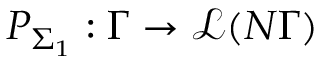
P _ { \Sigma _ { 1 } } : \Gamma \to \mathcal { L } ( N \Gamma )